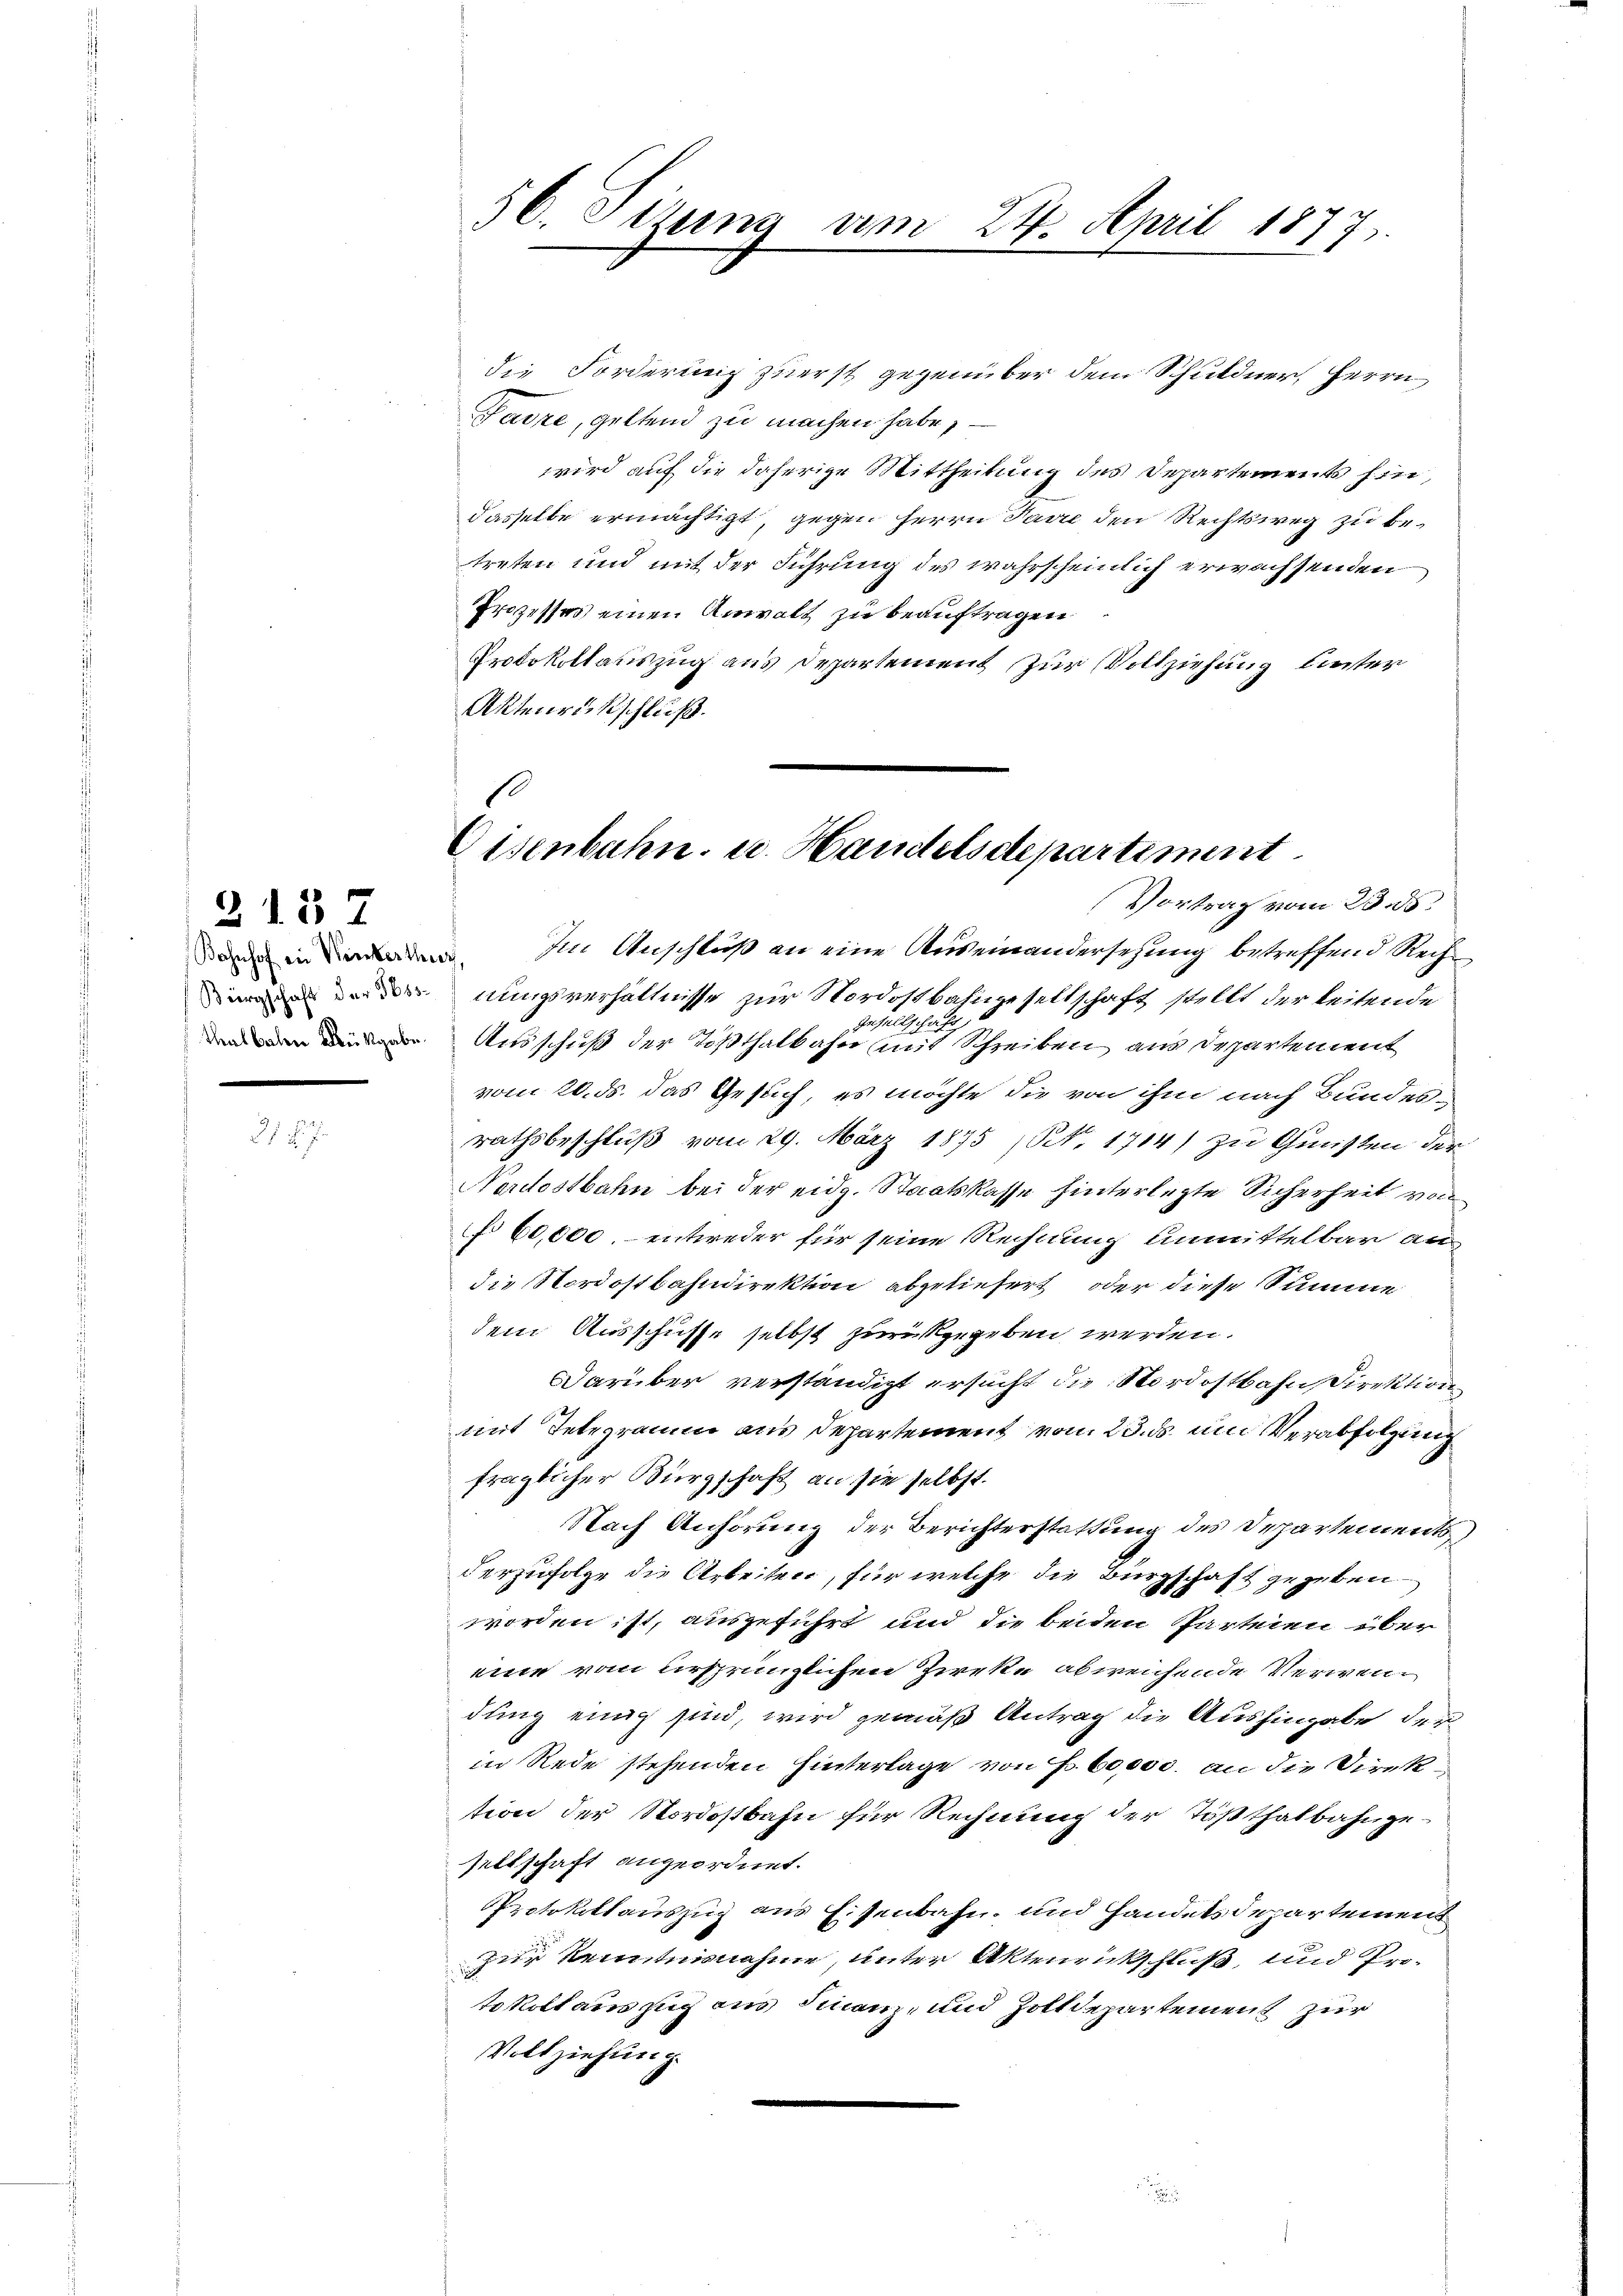
e

2137

27 f.

56. Sizung am 24. April 1877.

die Forderung zuerst gegenüber dem Schuldner, Herrn
Padre, geltend zu machen habe,
wird auf die daherige Mittheilung des Departements hin,
dasselbe ermächtigt, gegen Herrn Parre den Rechtsweg zu betreten und mit der Führung des wahrscheinlich erwachsenden
Prozesses einen Anwalt zu beauftragen
Prdokollauszug aus Departement zur Vollziehung hinter
Aktenrückschluß.

Eisenbahn u. Handelsdepartiment
Vortrag vom 23. ds.

in. In Anschluß an eine Auseinandersehung betreffend Rechnungsverhältnisse zur Nordostbahngesellschaft stellt der leitende
2 x
Gesellschaft
Ausschuß der Tößthalbahn mit Schreiben aus Departement
vom 20. ds. das Gesuch, es möchte die von ihm nach Bundesrathsbeschluß vom 29. März 1875 (N. 1714) zu Gunsten der
Nordostbahn bei der eidg. Staatskasse hinterletzte Sicherheit von
 60,000, entweder für seine Rechnung unmittelbar au
die Nordostbahndirektion abgeliefert oder diese Summe
dem Ausschusse selbst zurückgegeben werden.
Darüber verständigt ersucht die Nordostbahn Direktion
mit Telegramm aus Departement vom 23. ds um Verabfolgung
fraglicher Bürgschaft an sie selbst.
Nach Anhörung der Berichterstattung des Departements
derzufolge die Arbeiten, für welche die Bürgschaft zugeben
worden ist, ausgeführt und die beiden Parteien über
eine vom ursprünglichen Zieke abweichende Verwendung einig sind, wird gemäß Antrag die Aushingabe der
in Rede stehenden Hinterlage von F. Bossi, an die Direktion der Nordostbahn für Rechnung der Tößthalbahngeseltschaft angeordnet.
Protokollauszug aus Eisenbahn- und Handelsdepartement
zur Kenntnisnahme, unter Aktenrückschluß, und Protokoll auszug aus Finanz- und Zolldepartement zur
Vollziehung.